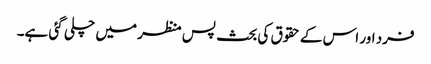
فرد اور اس کے حقوق کی بحث پس منظر میں چلی گئی ہے۔